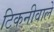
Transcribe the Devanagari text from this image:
टिकनीवाले